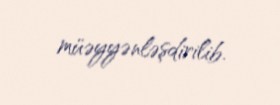
müəyyənləşdirilib.